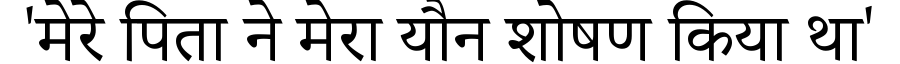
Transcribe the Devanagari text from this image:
'मेरे पिता ने मेरा यौन शोषण किया था'